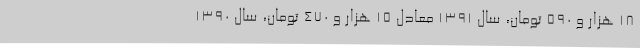
۱۸ هزار و ۵۹۰ تومان، سال ۱۳۹۱ معادل ۱۵ هزار و ۴۷۰ تومان، سال ۱۳۹۰